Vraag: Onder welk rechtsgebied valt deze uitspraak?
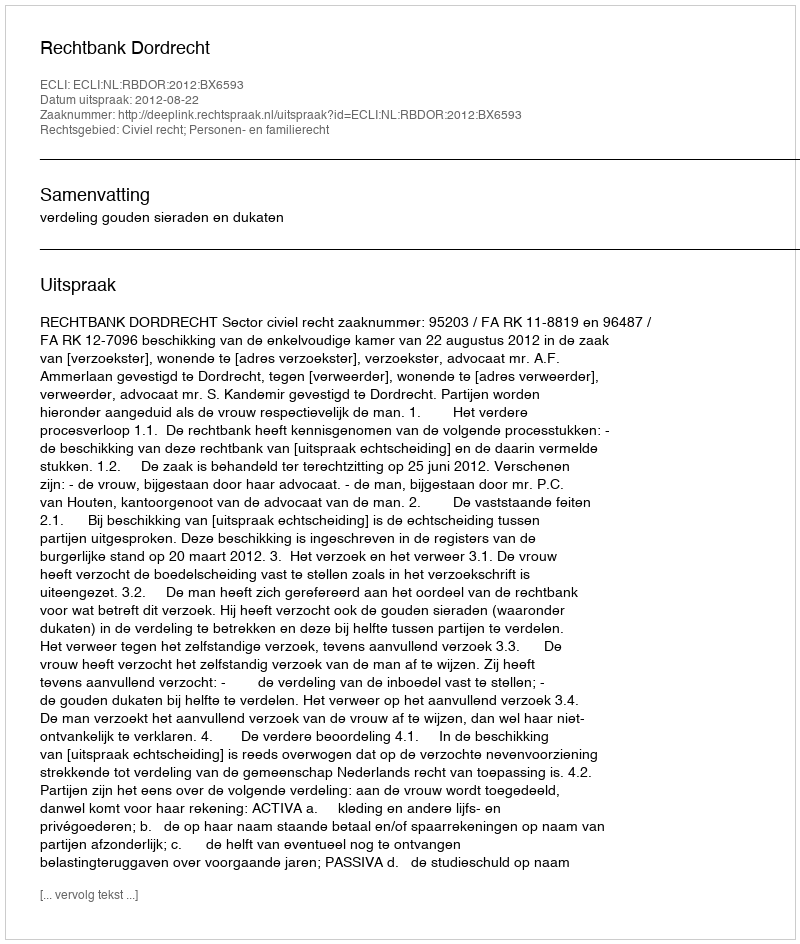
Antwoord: Civiel recht; Personen- en familierecht